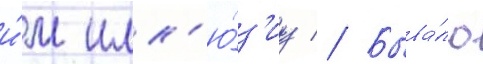
и́м илл'ю́з'иу // Быва́ло